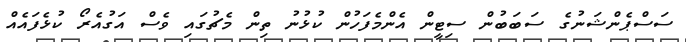
ސަސްޕެންޝަނުގެ ސަބަބުން ސިޓީން އެންމެފަހުން ކުޅުނު ތިން މެޗުގައި ވެސް އަގުއެރޯ ކުޅެފައެއް